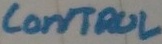
Text: control